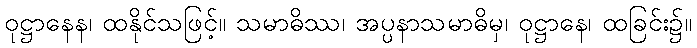
ဝုဋ္ဌာနေန၊ ထနိုင်သဖြင့်။ သမာဓိဿ၊ အပ္ပနာသမာဓိမှ၊ ဝုဋ္ဌာနေ၊ ထခြင်း၌။